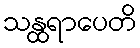
သန္ထရာပေတိ